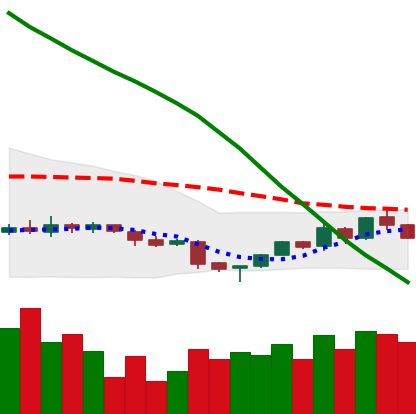
Ticker: NEO-USD
Chart end date: 2018-11-08
Forward return: -5.657%
Label: down_5_7